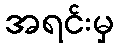
အရင်းမှ